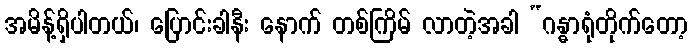
အမိန့်ရှိပါတယ်၊ ပြောင်းခါနီး နောက် တစ်ကြိမ် လာတဲ့အခါ “ဂန္ဓာရုံတိုက်တော့